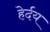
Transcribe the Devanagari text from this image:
हेर्दय